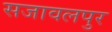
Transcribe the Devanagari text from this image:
सजावलपुर